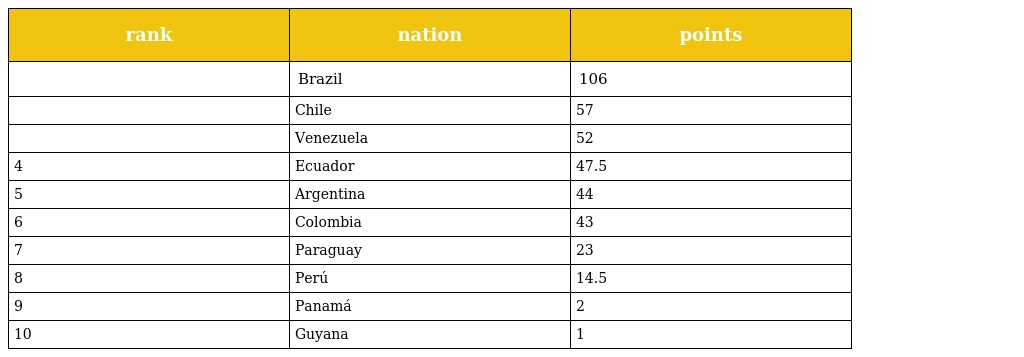
| rank | nation | points |
 | --- | --- | --- |
 |  | Brazil | 106 |
 |  | Chile | 57 |
 |  | Venezuela | 52 |
 | 4 | Ecuador | 47.5 |
 | 5 | Argentina | 44 |
 | 6 | Colombia | 43 |
 | 7 | Paraguay | 23 |
 | 8 | Perú | 14.5 |
 | 9 | Panamá | 2 |
 | 10 | Guyana | 1 |